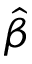
\Hat { \beta }